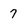
Character: 7